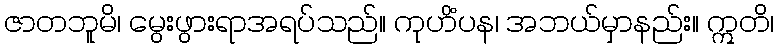
ဇာတဘူမိ၊ မွေးဖွားရာအရပ်သည်။ ကုဟိံပန၊ အဘယ်မှာနည်း။ ဣတိ၊